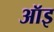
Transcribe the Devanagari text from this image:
ऑइ